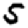
Digit: 5